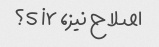
اصلاح نیز، s ir؟